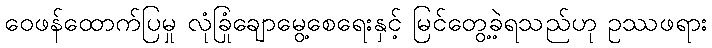
ဝေဖန်ထောက်ပြမှု လုံခြုံချောမွေ့စေရေးနှင့် မြင်တွေ့ခဲ့ရသည်ဟု ဥဿဖရား